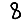
Digit: 8